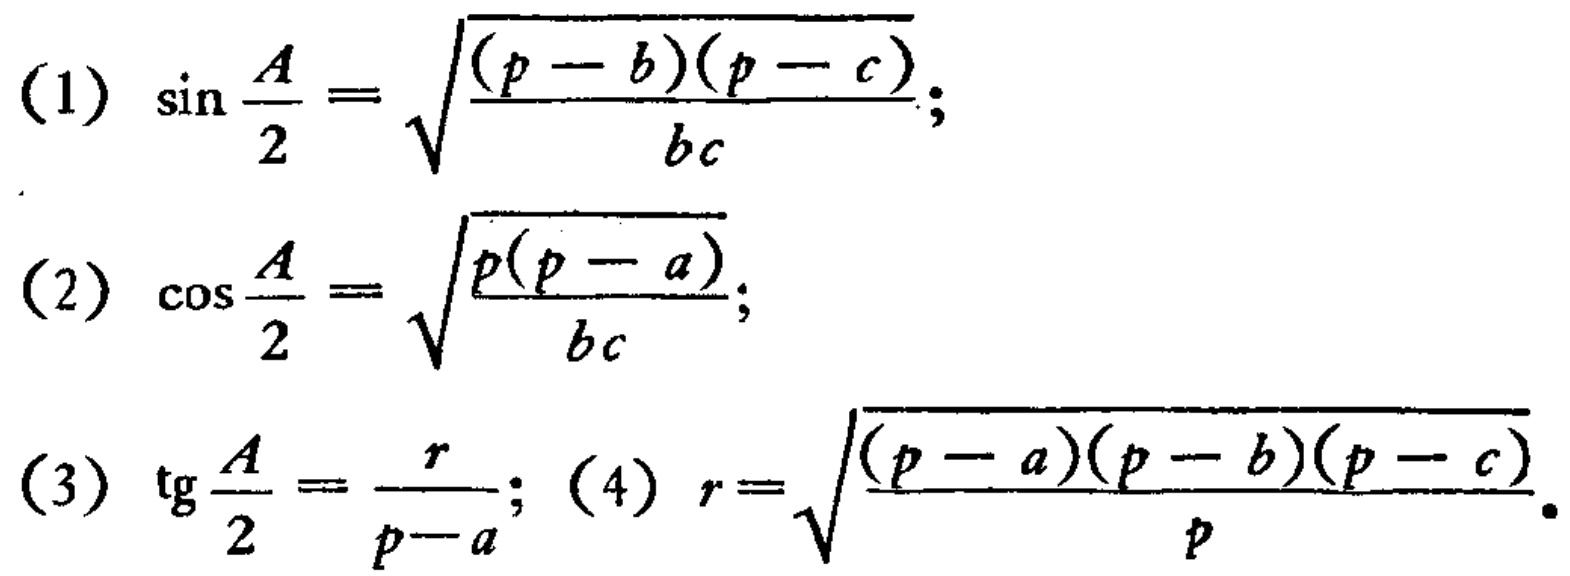
(1) \(\sin\frac{A}{2}=\sqrt{\frac{(p - b)(p - c)}{bc}}\);
(2) \(\cos\frac{A}{2}=\sqrt{\frac{p(p - a)}{bc}}\);
(3) \(\text{tg}\frac{A}{2}=\frac{r}{p - a}\); (4) \(r=\sqrt{\frac{(p - a)(p - b)(p - c)}{p}}\).